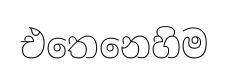
එතෙනෙහිම